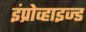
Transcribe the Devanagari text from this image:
इंप्रोव्हाइज्ड